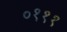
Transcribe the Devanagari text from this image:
०१११